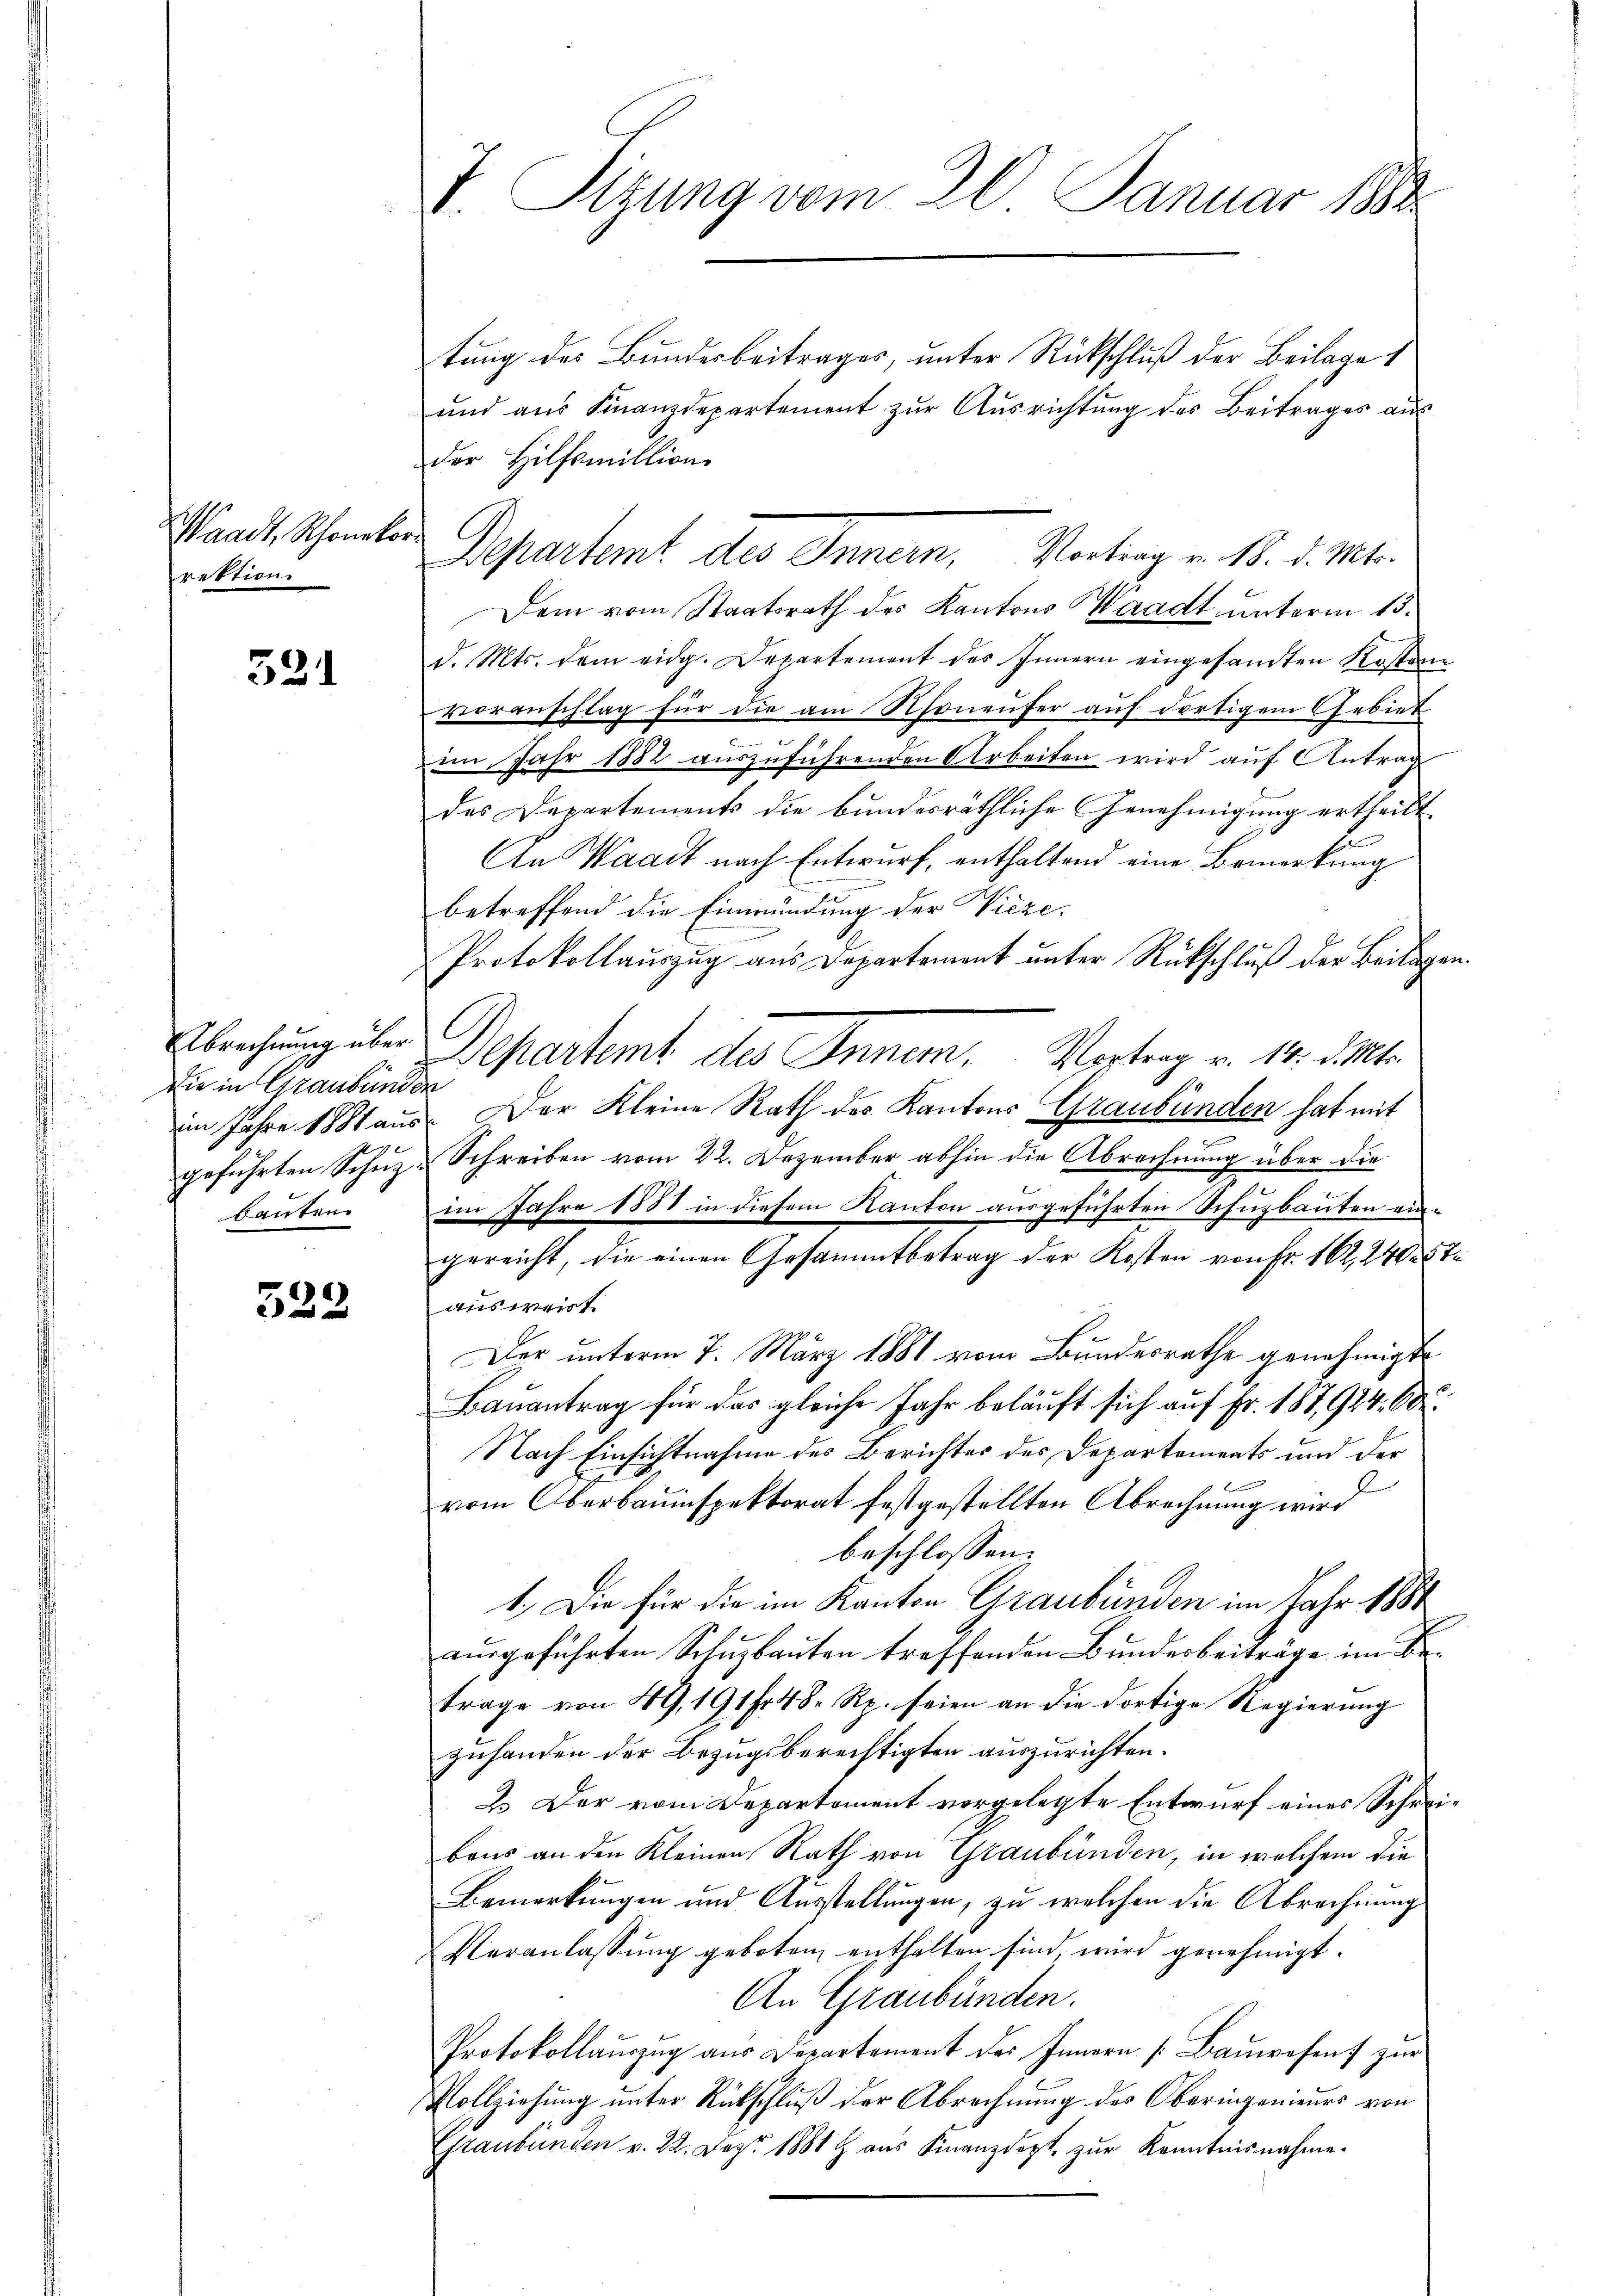
Waadt, Schonetorrektion

321

Die in Graubünden

522

I. Seizung vom 20. Januar 188

Departamt des Innern, Vertrag v. 18. d. M.

tung des Bundesbeitrages, unter Rückschluß der Beilage 1
und aus Finanzdepartement zur Ausrichtung des Beitrages aus
der Hilfsmillion
Dem vom Staatsrath des Kantons Waadt, unterm 15.
d. Mts. dem eidg. Departement des Innern eingesandten Kosten
voranschlag für die am Rhoneufer auf dortigem Gebiet
n
im Jahr 1882 aŭszŭführenden Arbeiten wird aŭf Antrag
des Departements die bundesräthliche Genehmigung ertheilt.
An Waadt nach Entwurf, enthaltend eine Bemerkung
betreffend die Einmündung der Wieze
Protokollauszug aus Departement unter Rückschluß der Beilag¬
C
Abrechung über Departemt des Innem. Vortrag v. 14. d. Mts.
im Jahre 1881 aus. Der Kleine Rath des Kantons Graubünden hat mit
geführten Schuz & Schreiben vom 22. Dezember abhin die Abrechnung über die
bauten im Jahre 1888 in diesem Kanton ausgeführten Schuzbauten ein-
gereicht, die einen Gesammtbetrag der Kosten von Fr. 162, 2400.
ausweist
Der unterm 7. März 1881 vom Bundesrathe genehmigte
Bauantrag für das gleiche Jahr beläuft sich auf Fr. 187,924. Or
Nach Einsichtnahme des Berichtes des Departements und der
d
vom Oberbauinspektorat festgestellten Abrechnung wird
beschlossen:
1.) Die für die im Kanton Graubünden im Jahr 1881
ausgeführten Schuzbauten treffenden Bundesbeiträge im Betrage von 49, 191 fr 48 Rp. seien an die dortige Regierung
zuhanden der Bezugsberechtigten auszurichten.
2. Der vom Departement vorgelegte Entwurf eines Schrebaus an den Kleinen Rath von Graubünden, in welchem die
Bemerkungen und Ausstellungen, zu welchen die Abrechnung
Veranlassŭng geboten enthalten sind, wird genehmigt.
An Graubünden.
Protokollaŭszŭg aŭs Departement des Innern Baŭwesen zur
Vollziehung unter Rückschluß der Abrechnung des Oberingenieurs von
Graubünden v. 22. Dez. 1881 aŭs Finanzdept zŭr Kenntnisnahme.